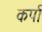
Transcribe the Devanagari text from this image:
कर्पा